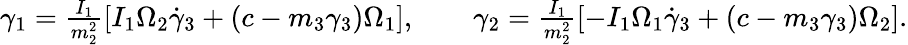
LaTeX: \begin{array}{r}{\gamma_{1}=\frac{I_{1}}{m_{2}^{2}}\left[I_{1}\Omega_{2}\dot{\gamma}_{3}+(c-m_{3}\gamma_{3})\Omega_{1}\right],\qquad\gamma_{2}=\frac{I_{1}}{m_{2}^{2}}\left[-I_{1}\Omega_{1}\dot{\gamma}_{3}+(c-m_{3}\gamma_{3})\Omega_{2}\right].}\end{array}